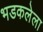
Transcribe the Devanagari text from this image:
भडकलेला